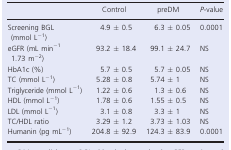
<table><thead><tr><td></td><td><b>Control</b></td><td><b>preDM</b></td><td><b><i>P</i>‐value</b></td></tr></thead><tbody><tr><td>Screening BGL (mmol L<sup>−1</sup>)</td><td>4.9 ± 0.5</td><td>6.3 ± 0.05</td><td>0.0001</td></tr><tr><td>eGFR (mL min<sup>−1</sup> 1.73 m<sup>−2</sup>)</td><td>93.2 ± 18.4</td><td>99.1 ± 24.7</td><td>NS</td></tr><tr><td>HbA1c (%)</td><td>5.7 ± 0.5</td><td>5.7 ± 0.05</td><td>NS</td></tr><tr><td>TC (mmol L<sup>−1</sup>)</td><td>5.28 ± 0.8</td><td>5.74 ± 1</td><td>NS</td></tr><tr><td>Triglyceride (mmol L<sup>−1</sup>)</td><td>1.22 ± 0.6</td><td>1.3 ± 0.6</td><td>NS</td></tr><tr><td>HDL (mmol L<sup>−1</sup>)</td><td>1.78 ± 0.6</td><td>1.55 ± 0.5</td><td>NS</td></tr><tr><td>LDL (mmol L<sup>−1</sup>)</td><td>3.1 ± 0.8</td><td>3.3 ± 1</td><td>NS</td></tr><tr><td>TC/HDL ratio</td><td>3.29 ± 1.2</td><td>3.73 ± 1.03</td><td>NS</td></tr><tr><td>Humanin (pg mL<sup>−1</sup>)</td><td>204.8 ± 92.9</td><td>124.3 ± 83.9</td><td>0.0001</td></tr></tbody></table>